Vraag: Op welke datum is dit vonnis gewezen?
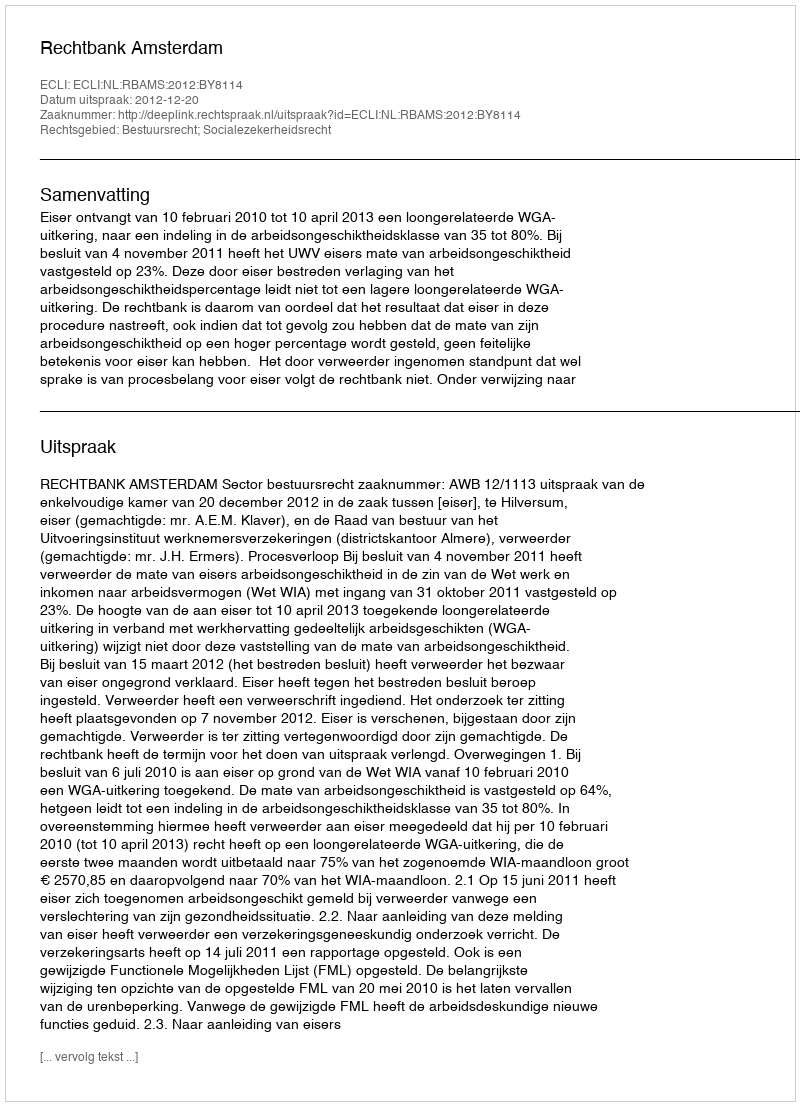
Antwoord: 2012-12-20